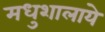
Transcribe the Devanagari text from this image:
मधुशालाये